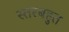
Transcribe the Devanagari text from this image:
स्तरबहुत